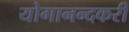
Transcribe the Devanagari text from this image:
योगानन्दकरी